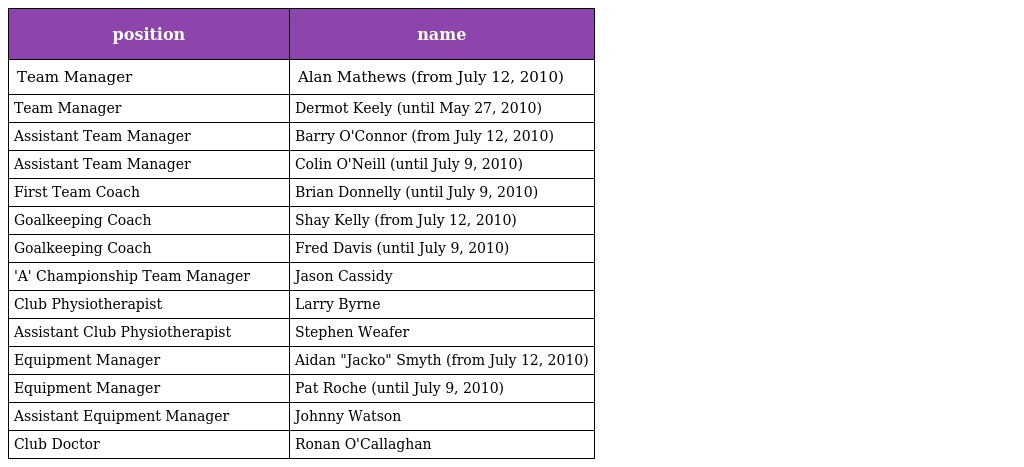
| position | name |
 | --- | --- |
 | Team Manager | Alan Mathews (from July 12, 2010) |
 | Team Manager | Dermot Keely (until May 27, 2010) |
 | Assistant Team Manager | Barry O'Connor (from July 12, 2010) |
 | Assistant Team Manager | Colin O'Neill (until July 9, 2010) |
 | First Team Coach | Brian Donnelly (until July 9, 2010) |
 | Goalkeeping Coach | Shay Kelly (from July 12, 2010) |
 | Goalkeeping Coach | Fred Davis (until July 9, 2010) |
 | 'A' Championship Team Manager | Jason Cassidy |
 | Club Physiotherapist | Larry Byrne |
 | Assistant Club Physiotherapist | Stephen Weafer |
 | Equipment Manager | Aidan "Jacko" Smyth (from July 12, 2010) |
 | Equipment Manager | Pat Roche (until July 9, 2010) |
 | Assistant Equipment Manager | Johnny Watson |
 | Club Doctor | Ronan O'Callaghan |